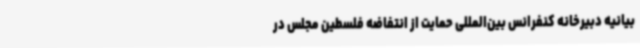
بیانیه دبیرخانه کنفرانس بین‌المللی حمایت از انتفاضه فلسطین مجلس در